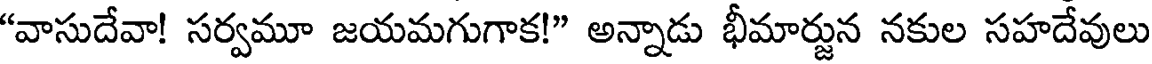
"వాసుదేవా! సర్వమూ జయమగుగాక!" అన్నాడు భీమార్జున నకుల సహదేవులు